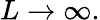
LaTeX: L\to\infty.